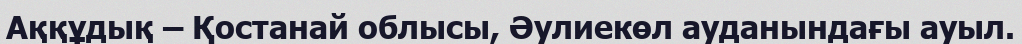
Аққұдық – Қостанай облысы, Әулиекөл ауданындағы ауыл.